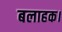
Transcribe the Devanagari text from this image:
बलाहक।